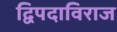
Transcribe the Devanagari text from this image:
द्विपदाविराज